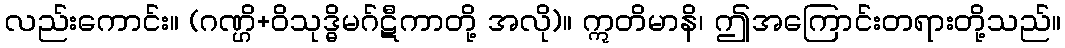
လည်းကောင်း။ (ဂဏ္ဌိ+ဝိသုဒ္ဓိမဂ်ဋီကာတို့ အလို)။ ဣတိမာနိ၊ ဤအကြောင်းတရားတို့သည်။